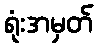
ရုံးအမှတ်